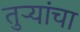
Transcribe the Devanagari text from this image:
तुऱ्यांचा